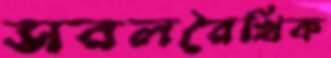
সরলরৈখিক